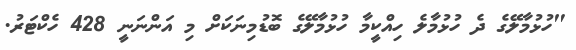
"ހުޅުމާލޭގެ ދެ ހުޅުމާލެ ހިއްކީމާ ހުޅުމާލޭގެ ބޮޑުމިނަކަށް މި އަންނަނީ 428 ހެކްޓަރު.